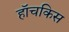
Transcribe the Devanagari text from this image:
हॉचकिस